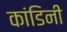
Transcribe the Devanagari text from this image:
कांडिनी